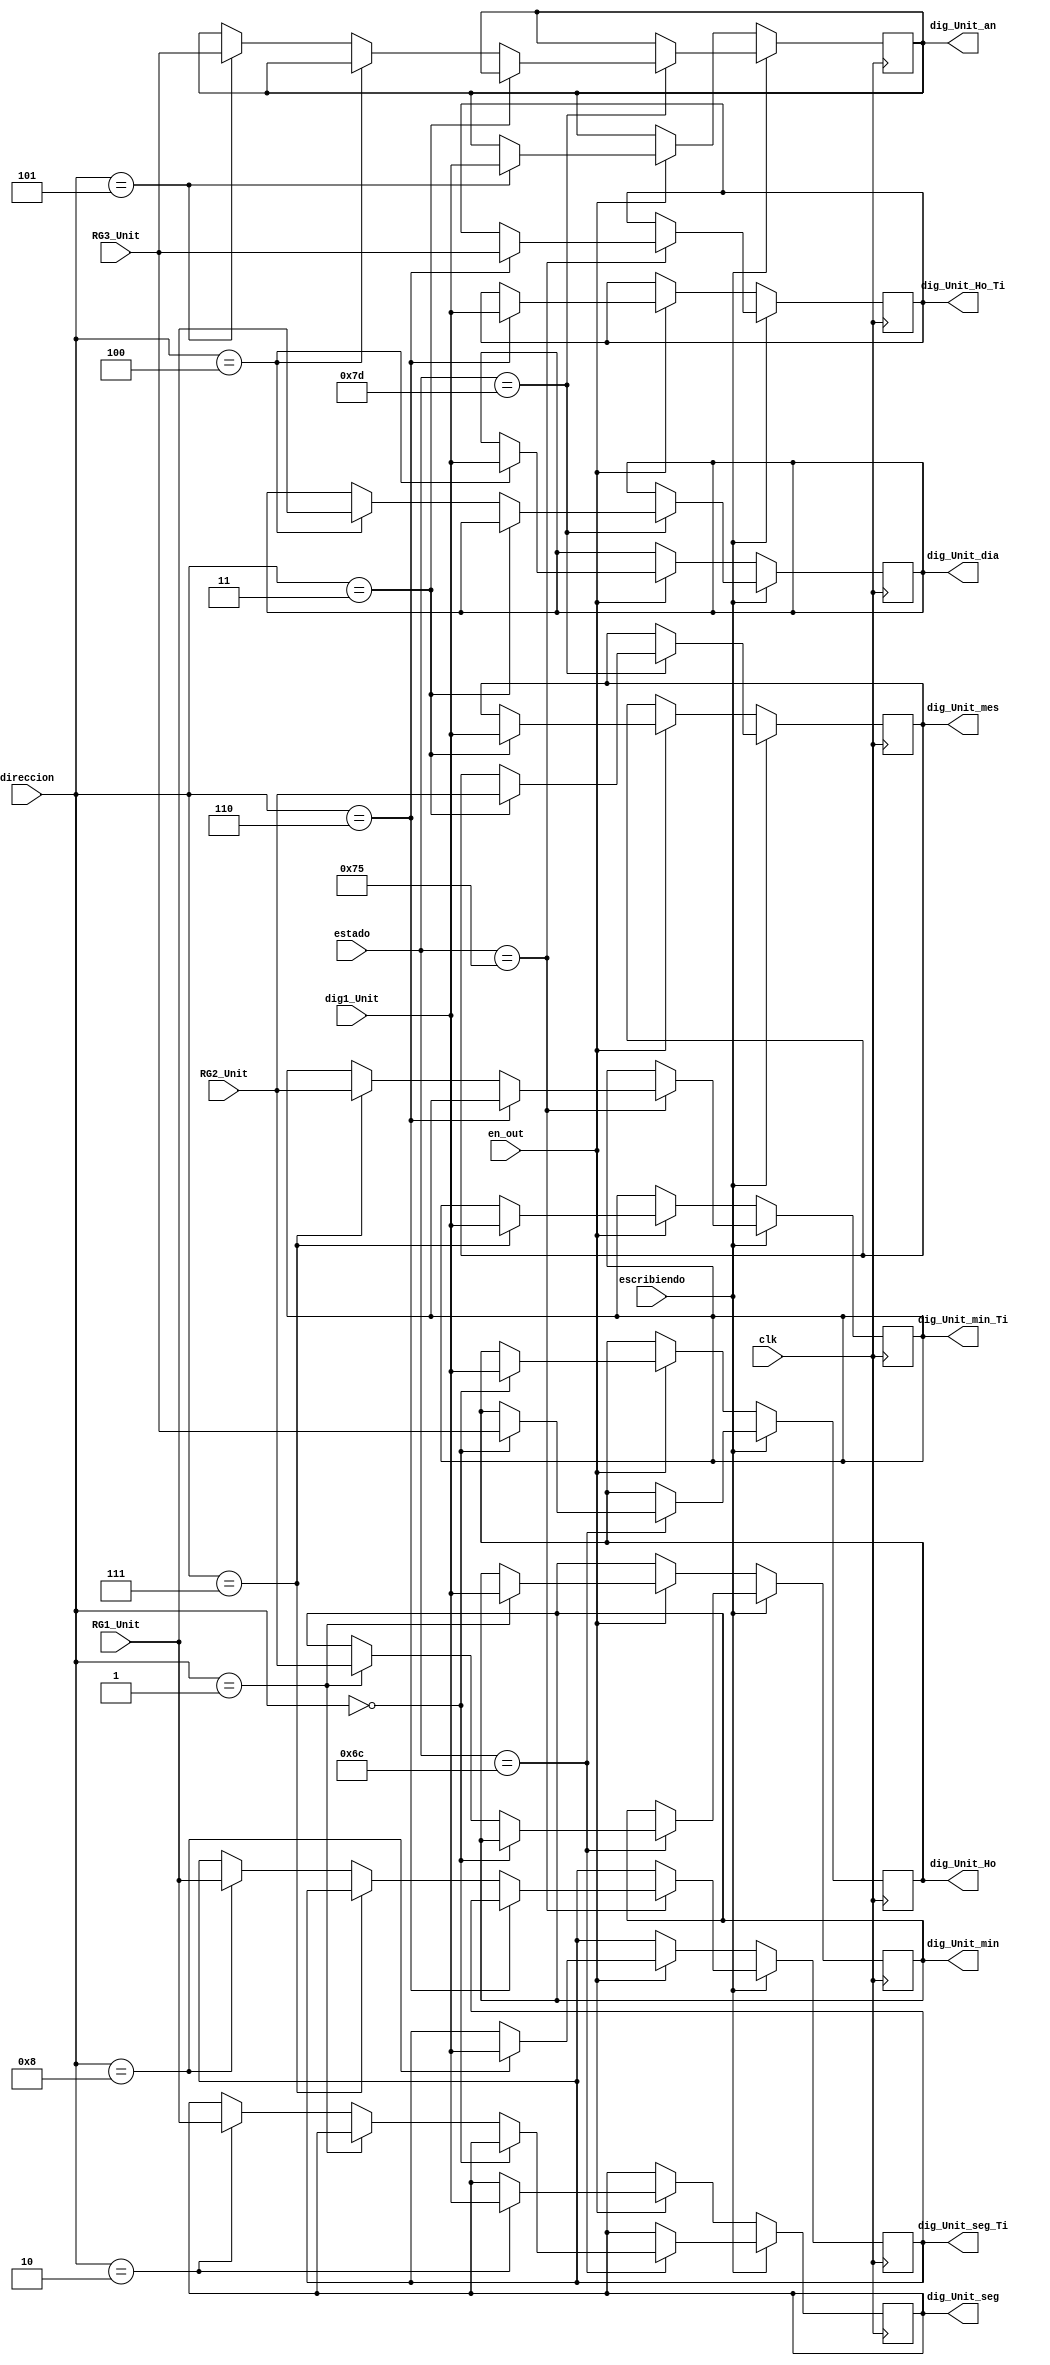
module control_digitos_2
	(
	input  [7:0] estado,
	input  [3:0]RG1_Unit,
   input  [3:0]RG2_Unit,
   input  [3:0]RG3_Unit,
	input escribiendo,
	input en_out,
	input wire clk,
	input wire [3:0] dig1_Unit,
	input  [3:0] direccion,
	output reg [3:0] dig_Unit_Ho, dig_Unit_min, dig_Unit_seg, dig_Unit_mes, dig_Unit_dia, dig_Unit_an, dig_Unit_Ho_Ti, dig_Unit_min_Ti, dig_Unit_seg_Ti
	);
	
	always @(posedge clk)
	if (~escribiendo)
		if (en_out)
			case (direccion)
				4'b0000://horas
							dig_Unit_Ho<=dig1_Unit;		
						
				4'b0001://minutos
							dig_Unit_min<=dig1_Unit;	

				4'b0010://segundos
							dig_Unit_seg<=dig1_Unit;		

				4'b0011://meses
							dig_Unit_mes<=dig1_Unit;		

				4'b0100://dias
							dig_Unit_dia<=dig1_Unit;	

				4'b0101://aos
							dig_Unit_an<=dig1_Unit;	

				4'b0110://Horas timer
							dig_Unit_Ho_Ti<=dig1_Unit;	
				4'b0111://minutos timer

						   dig_Unit_min_Ti<=dig1_Unit;					
				4'b1000: //segundos timer
				
						   dig_Unit_seg_Ti<=dig1_Unit;
				default:
							begin
								dig_Unit_Ho<=dig_Unit_Ho;	
								dig_Unit_min<=dig_Unit_min;
								dig_Unit_seg<=dig_Unit_seg;
								dig_Unit_mes<=dig_Unit_mes;
								dig_Unit_an<=dig_Unit_an;
								dig_Unit_dia<=dig_Unit_dia;
								dig_Unit_Ho_Ti<=dig_Unit_Ho_Ti;
								dig_Unit_min_Ti<=dig_Unit_min_Ti;
								dig_Unit_seg_Ti<=dig_Unit_seg_Ti;
							end
							
			endcase
		else
			begin
				dig_Unit_Ho<=dig_Unit_Ho;
				dig_Unit_min<=dig_Unit_min;
				dig_Unit_seg<=dig_Unit_seg;
				dig_Unit_mes<=dig_Unit_mes;
				dig_Unit_dia<=dig_Unit_dia;
				dig_Unit_an<=dig_Unit_an;
				dig_Unit_Ho_Ti<=dig_Unit_Ho_Ti;
				dig_Unit_min_Ti<=dig_Unit_min_Ti;
				dig_Unit_seg_Ti<=dig_Unit_seg_Ti;
			end
	else 
		case (estado)
			8'h7d:
					begin
						if (direccion==4'b0011)
							dig_Unit_mes<=RG2_Unit;
						else
						if (direccion==4'b0100)
							dig_Unit_dia<=RG1_Unit;
						else
						if (direccion==4'b0101)
							dig_Unit_an<=RG3_Unit;
						else
							begin
							dig_Unit_mes<=dig_Unit_mes;
							dig_Unit_dia<=dig_Unit_dia;
							dig_Unit_an<=dig_Unit_an;
							end
					end
			8'h6c:
					begin
						if (direccion==4'b0000)
							dig_Unit_Ho<=RG3_Unit;
						else
						if (direccion==4'b0001)
							dig_Unit_min<=RG2_Unit;
						else
						if (direccion==4'b0010)
							dig_Unit_seg<=RG1_Unit;
						else
							begin
							dig_Unit_Ho<=dig_Unit_Ho;
							dig_Unit_min<=dig_Unit_min;
							dig_Unit_seg<=dig_Unit_seg;
							end
					end
			8'h75:
					begin
						if (direccion==4'b0110)
							dig_Unit_Ho_Ti<=RG3_Unit;
						else
						if (direccion==4'b0111)
							dig_Unit_min_Ti<=RG2_Unit;
						else
						if (direccion==4'b1000)
							dig_Unit_seg_Ti<=RG1_Unit;
						else
							begin
							dig_Unit_Ho_Ti<=dig_Unit_Ho_Ti;
							dig_Unit_min_Ti<=dig_Unit_min_Ti;
							dig_Unit_seg_Ti<=dig_Unit_seg_Ti;
							end
					end
			default:
						begin
							dig_Unit_Ho<=dig_Unit_Ho;
							dig_Unit_min<=dig_Unit_min;
							dig_Unit_seg<=dig_Unit_seg;
							dig_Unit_mes<=dig_Unit_mes;
							dig_Unit_dia<=dig_Unit_dia;
							dig_Unit_an<=dig_Unit_an;
							dig_Unit_Ho_Ti<=dig_Unit_Ho_Ti;
							dig_Unit_min_Ti<=dig_Unit_min_Ti;
							dig_Unit_seg_Ti<=dig_Unit_seg_Ti;
						end
		endcase
	endmodule